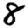
Digit: 8